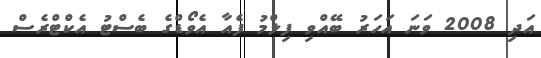
އަދި 2008 ވަނަ އަހަރު ބޭއްވި ފިލްމު ފެއާ އެވޯޑްގެ ބެސްޓު އެކްޓްރެސް